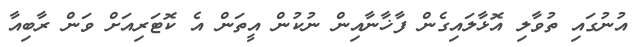
އުނުގައި ތުވާލި އޮޅާލައިގެން ފާޚާނާއިން ނުކުން އީތަން އެ ކޮޓަރިއަށް ވަން ރާބިއާ